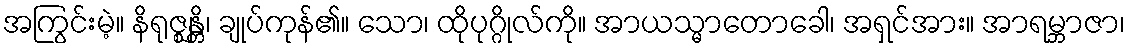
အကြွင်းမဲ့။ နိရုဇ္ဈန္တိ၊ ချုပ်ကုန်၏။ သော၊ ထိုပုဂ္ဂိုလ်ကို။ အာယသ္မာတောခေါ၊ အရှင်အား။ အာရမ္ဘာဇာ၊